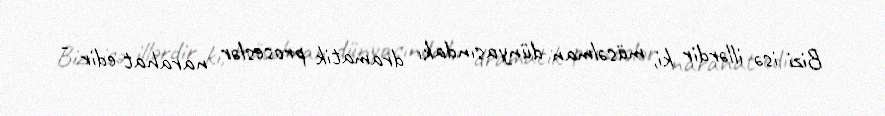
Bizi isə illərdir ki, müsəlman dünyasındakı dramatik proseslər narahat edir -